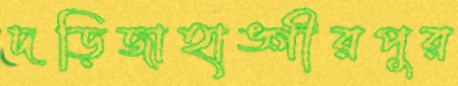
দড়িজাহাঙ্গীরপুর